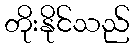
တိုးနိုင်သည်